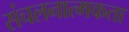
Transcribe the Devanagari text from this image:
संचलनात्मकता